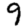
Digit: 9